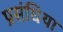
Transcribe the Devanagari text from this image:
प्रसंघिया